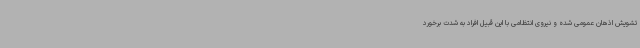
تشویش اذهان عمومی شده و نیروی انتظامی با این قبیل افراد به شدت برخورد